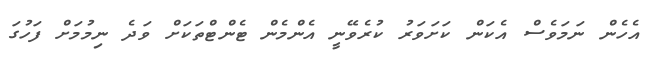
އެހެން ނަމަވެސް އެކަން ކަށަވަރު ކުރެވޭނީ އެންމެން ޓެންޓްތަކަށް ވަދެ ނިމުމަށް ފަހުގަ